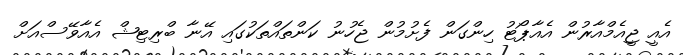
އެއީ ޖީއެމްއާރުން އެއާޕޯޓު ހިންގަން ފެށުމުން ޖެހުނު ކަންތައްތަކުގައި އޭނާ ބްރިޓިޝް އެއާވޭސްއަށް